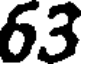
63